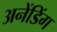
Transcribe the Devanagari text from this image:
अनेंडिंग